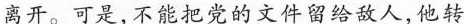
离开。可是，不能把党的文件留给敌人，他转